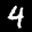
Label: 4